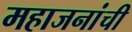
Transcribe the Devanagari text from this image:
महाजनांची